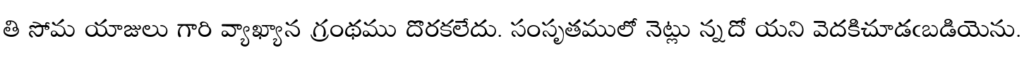
తి సోమ యాజులు గారి వ్యాఖ్యాన గ్రంథము దొరకలేదు. సంసృతములో నెట్లు న్నదో యని వెదకిచూడఁబడియెను.